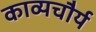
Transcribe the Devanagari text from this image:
काव्यचौर्य